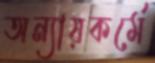
অন্যায়কর্মে